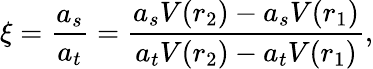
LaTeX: \xi=\frac{a_{s}}{a_{t}}=\frac{a_{s}V(r_{2})-a_{s}V(r_{1})}{a_{t}V(r_{2})-a_{t}V(r_{1})},